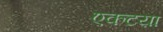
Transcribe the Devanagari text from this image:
एकटय़ा